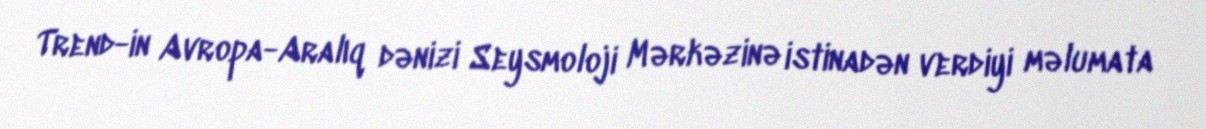
Trend-in Avropa-Aralıq dənizi Seysmoloji Mərkəzinə istinadən verdiyi məlumata